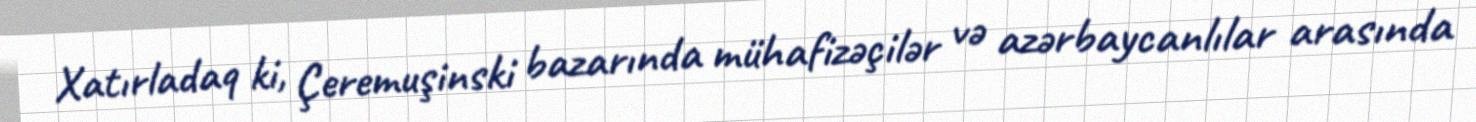
Xatırladaq ki, Çeremuşinski bazarında mühafizəçilər və azərbaycanlılar arasında